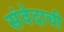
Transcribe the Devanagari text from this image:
संवेदाची